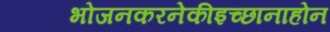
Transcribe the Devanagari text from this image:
भोजनकरनेकीइच्छानाहोन